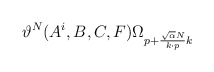
\begin{align*}\vartheta^N(A^i,B, C,F)\Omega_{p+{\sqrt{\alpha}N\over k\cdot p}k}\end{align*}